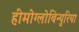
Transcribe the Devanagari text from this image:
हीमोग्लोबिन्युरिया